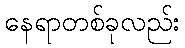
နေရာတစ်ခုလည်း